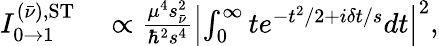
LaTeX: \begin{array}{rl}{I_{0\to 1}^{(\bar{\nu}),\mathrm{ST}}}&{{}\propto\frac{\mu^{4}s_{\bar{\nu}}^{2}}{\hbar^{2}s^{4}}\left|\int_{0}^{\infty}te^{-t^{2}/2+i\delta t/s}dt\right|^{2},}\end{array}